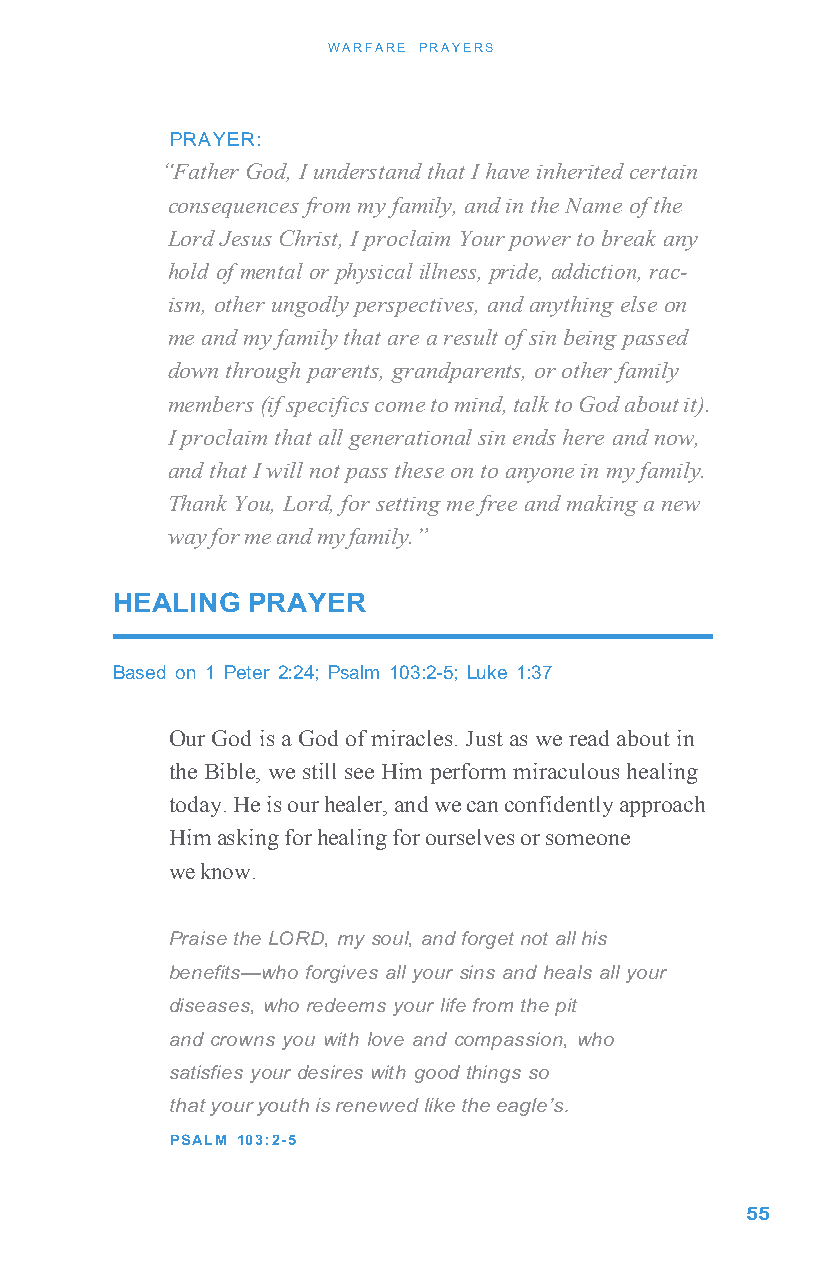
WARFARE PRAYERS
 PRAYER:
 “Father God, I understand that I have inherited certain
 consequences from my family, and in the Name of the
 Lord Jesus Christ, I proclaim Your power to break any
 hold of mental or physical illness, pride, addiction, rac-
 ism, other ungodly perspectives, and anything else on
 me and my family that are a result of sin being passed
 down through parents, grandparents, or other family
 members (if specifics come to mind, talk to God about it).
 I proclaim that all generational sin ends here and now,
 and that I will not pass these on to anyone in my family.
 Thank You, Lord, for setting me free and making a new
 way for me and my family.”
 HEALING  PRAYER
 Based on 1 Peter 2:24; Psalm 103:2-5; Luke 1:37
 Our God is a God of miracles. Just as we read about in
 the Bible, we still see Him perform miraculous healing
 today. He is our healer, and we can confidently approach
 Him asking for healing for ourselves or someone
 we know.
 Praise the LORD, my soul, and forget not all his
 benefits—who forgives all your sins and heals all your
 diseases, who redeems your life from the pit
 and crowns you with love and compassion, who
 satisfies your desires with good things so
 that your youth is renewed like the eagle’s.
 PSALM 103:2-5
 55